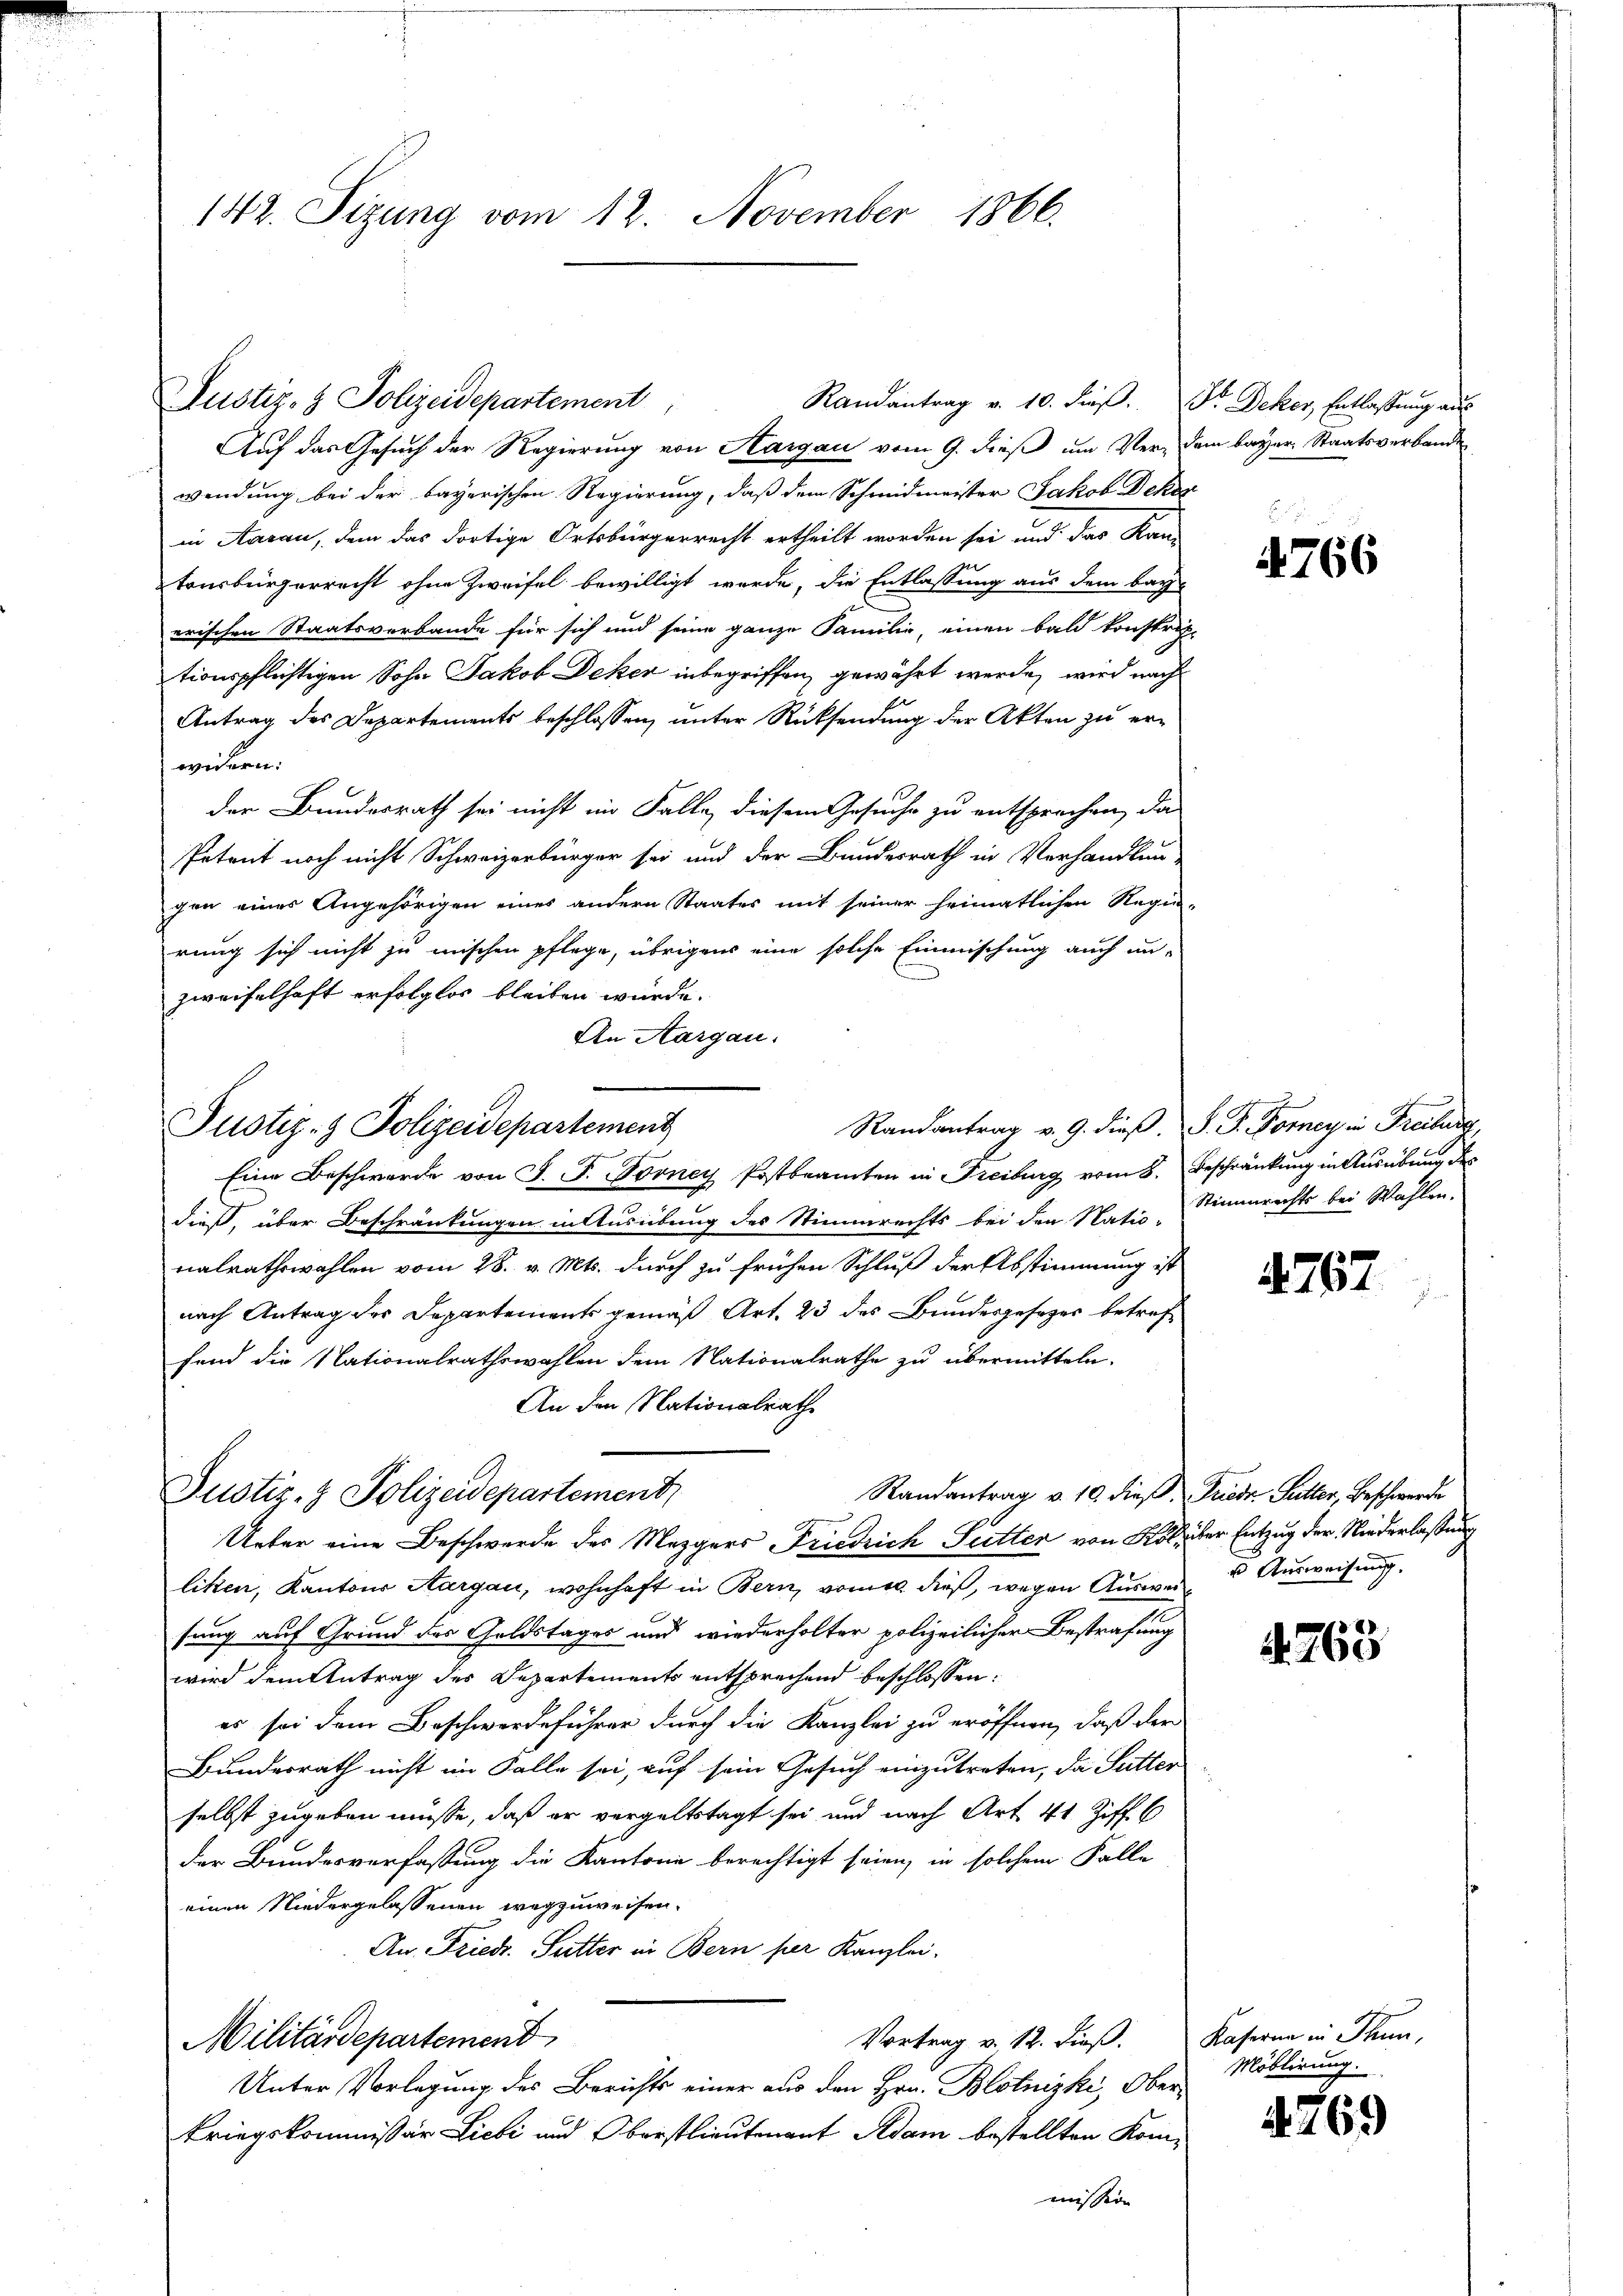
142. Sizung vom 12. November 1866.

Justiz- & Polizeidepartement

Auf das Gesuch der Regierung von Hargau vom 9. dieß um Ver-
wendung bei der bayerischen Regierung, daß dem Schmidmeister Jakob Den
in Aarau, dem das dortige Ortsbürgerrecht ertheilt worden sei und das Ka-
tonsbürgerrecht ohne Zweifel bewilligt werde, die Entlassung aus dem bay
erischen Staatsverbande für sich und seine ganze Familie, einen bald konst
tionspflichtigen Sohn Jakob Deker inbegriffen, gewährt werde, wird nach
Antrag des Departements beschlossen, unter Rücksendung der Akten zu erwedern.
der Bundesrath sei nicht im Falle, diesem Gesuche zu entsprochen, da
Petent noch nicht Schweizerbürger sei und der Bundesrath in Verhandlung
gen eines Angehörigen eines andern Staates mit seiner heimatlichen Reg-
rung sich nicht zu mischen pflege, übrigens eine solche Einmischung auch un-
zweifelhaft erfolglos bleiben würde.
An Aargau.
Eine Beschwerde von J. F. Forney Postbeamten in Freiburg vom 8. Beschränkung in Ausübung des
dieß, über Beschränkungen in Ausübung des Stimmrechts bei den Natio-
nalrathswahlen vom 28. v. Mts. durch zu frühen Schluß der Abstimmung v
nach Antrag des Departements gemäß Art. 23 des Bundesgesetzes betref
fend die Nationalrathswahlen dem Nationalrathe zu übermitteln.
An den Nationalrathe
Randantrag v. 10. dieß
Justiz- & Polizeidepartement,
Ueber eine Beschwerde des Mezgers Friedrich Sutter von K
liken, Kantons Aargau, wohnhaft in Bern, womit dieß, wegen Auswe
sung auf Grund des Goldstages und wiederholter polizeilicher Bestrafung
wird dem Antrag des Departements entsprechend beschlossen:
es sei dem Beschwerdeführer durch die Kanzlei zu eröffnen, daß der
Bundesrath nicht im Falle sei, auf sein Gesuch einzutreten, da Sutte
selbst zugeben müsse, daß er vergeltstagt sei und nach Art. 41 Ziff. 6
der Bundesverfassung die Kantone berechtigt seien, in solchem Falle
einen Niedergelassenen wegzuweisen.
An. Friedr. Sutter in Bern per Kanzlei-
Militärdepartement
Vortrag v. 12. dieß.
Unter Vorlegung des Berichts einer aus den Hrn. Blotnizki, Obe
kriegskommissär Liebi und Oberstlieutenant Adam bestellten Kon
mission

Randantrag v. 10. dieß,

Justiz- & Polizeidepartement
Randantrag v. 9. dieß.

Dr. Decker, Entlassung aus
dem bayer Staatsverbande

766

S. G. Forey in Freiburg
Stimmrechts bei Wahlen.

4767

I. Frieder Sitter, Beschwerde
hiber Entzug der Niederlassung
  Ausweisung,

. 763

Kaserne in Thun,
Möblirung.

769